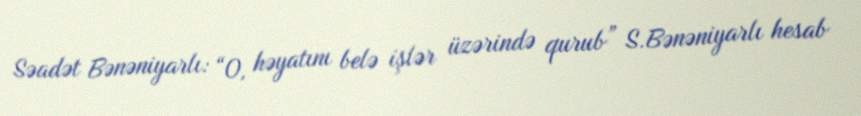
Səadət Bənəniyarlı: “O, həyatını belə işlər üzərində qurub” S.Bənəniyarlı hesab